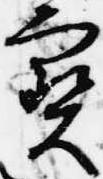
宝